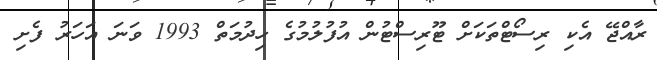
ރާއްޖޭ އެކި ރިސޯޓްތަކަށް ޓޫރިސްޓުން އުފުލުމުގެ ހިދުމަތް 1993 ވަނަ އަހަރު ފެށި